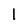
Character: I